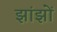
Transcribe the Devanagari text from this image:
झांझों